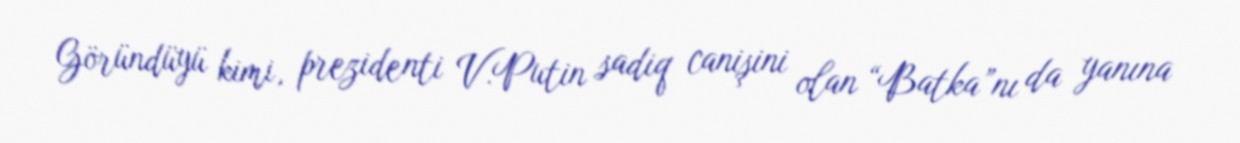
Göründüyü kimi, prezidenti V.Putin sadiq canişini olan “Batka”nı da yanına